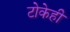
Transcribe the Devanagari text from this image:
टोकेही